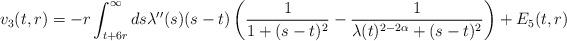
LaTeX: \begin{align*} v_{3}(t,r) = -r \int_{t+6r}^{\infty} ds \lambda''(s)(s-t)\left(\frac{1}{1+(s-t)^{2}}-\frac{1}{\lambda(t)^{2-2\alpha}+(s-t)^{2}}\right)+E_{5}(t,r)\end{align*}